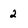
Character: 2